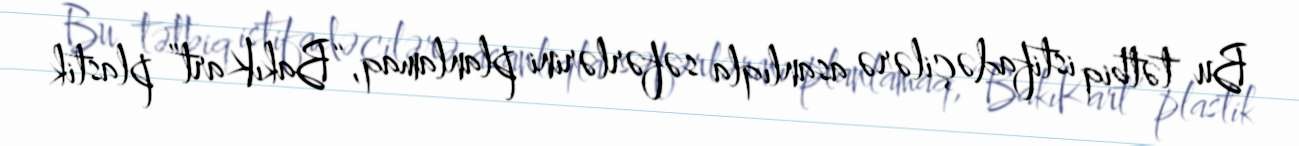
Bu tətbiq istifadəçilərə asanlıqla səfərlərini planlamaq, “BakıKart” plastik